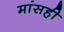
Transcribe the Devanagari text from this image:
मांसही